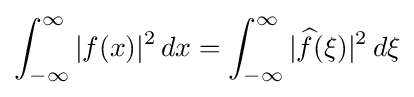
\int _{-\infty }^{\infty }|f(x)|^{2}\,dx=\int _{-\infty }^{\infty }|{\widehat {f}}(\xi )|^{2}\,d\xi